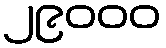
၂၉၀၀၀